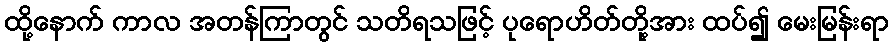
ထို့နောက် ကာလ အတန်ကြာတွင် သတိရသဖြင့် ပုရောဟိတ်တို့အား ထပ်၍ မေးမြန်းရာ